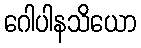
ဂေါပါနသိယော